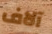
آلاف